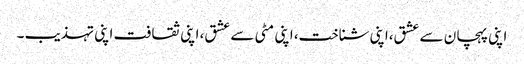
اپنی پہچان سے عشق،اپنی شناخت، اپنی مٹی سے عشق، اپنی ثقافت اپنی تہذیب ۔